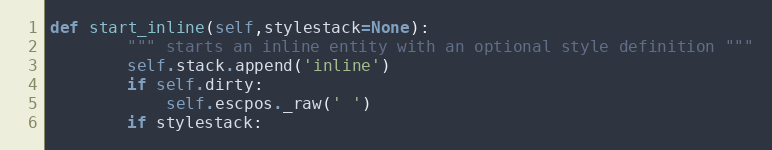
Language: Python
def start_inline(self,stylestack=None):
        """ starts an inline entity with an optional style definition """
        self.stack.append('inline')
        if self.dirty:
            self.escpos._raw(' ')
        if stylestack: